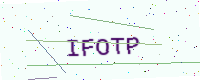
Text: IFOTP